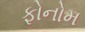
ફોનોમ